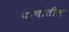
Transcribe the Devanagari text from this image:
पाचांतील